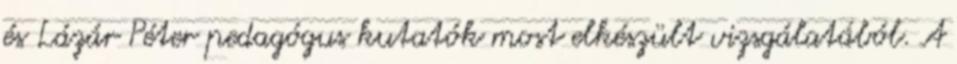
és Lázár Péter pedagógus kutatók most elkészült vizsgálatából. A